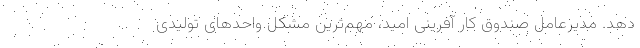
دهد. مدیرعامل صندوق کار آفرینی امید، مهم‌ترین مشکل واحدهای تولیدی